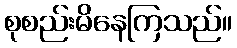
စုစည်းမိနေကြသည်။